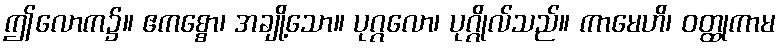
ဤလောက၌။ ဧကစ္စော၊ အချို့သော။ ပုဂ္ဂလော၊ ပုဂ္ဂိုလ်သည်။ ကာမေဟိ၊ ဝတ္ထုကာမ